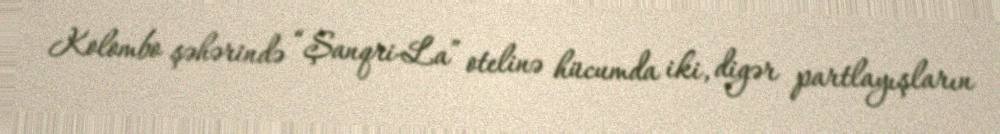
Kolombo şəhərində “Şanqri-La” otelinə hücumda iki, digər partlayışların